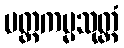
ပတ္တကမ္မသုတ္တံ